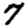
Digit: 7